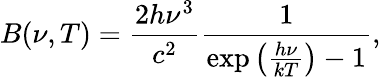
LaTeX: B(\nu,T)=\frac{2h\nu^{3}}{c^{2}}\frac{1}{\exp\left(\frac{h\nu}{kT}\right)-1},